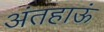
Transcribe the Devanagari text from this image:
अंतहाऊं